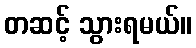
တဆင့် သွားရမယ်။